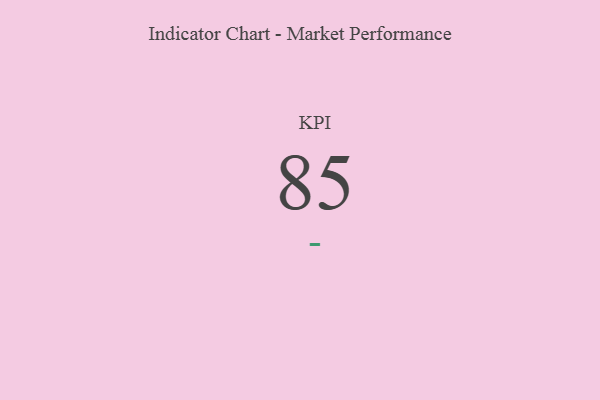
{"axis": {"x": "KPI", "y": "Value"}, "legend": [""], "data": [{"x": "KPI", "y": 85, "type": ""}]}